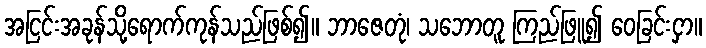
အငြင်းအခုန်သို့ရောက်ကုန်သည်ဖြစ်၍။ ဘာဇေတုံ၊ သဘောတူ ကြည်ဖြူ၍ ဝေခြင်းငှာ။